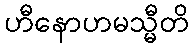
ဟီနောဟမသ္မီတိ